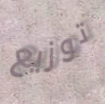
توزيع